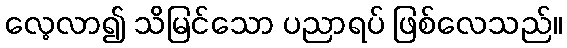
လေ့လာ၍ သိမြင်သော ပညာရပ် ဖြစ်လေသည်။